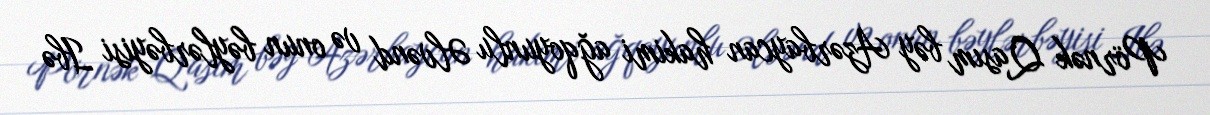
Pörnək Qasım bəy Azərbaycan hakimi ağqoyunlu Əlvənd və onun bəylərbəyisi Ibə